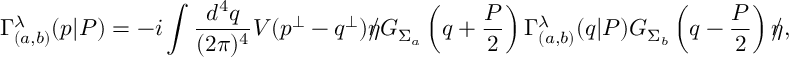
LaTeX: \Gamma _ { ( a , b ) } ^ { \lambda } ( p | { \cal P } ) = - i \int \frac { d ^ { 4 } q } { ( 2 \pi ) ^ { 4 } } V ( p ^ { \bot } - q ^ { \bot } ) \rlap / \eta G _ { \Sigma _ { a } } \left( q + \frac { { \cal P } } { 2 } \right) \Gamma _ { ( a , b ) } ^ { \lambda } ( q | { \cal P } ) G _ { \Sigma _ { b } } \left( q - \frac { { \cal P } } { 2 } \right) \rlap / \eta ,